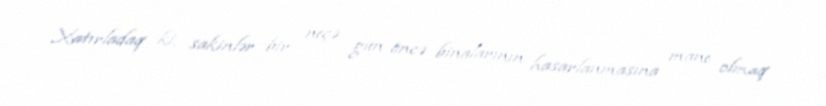
Xatırladaq ki, sakinlər bir neçə gün öncə binalarının hasarlanmasına mane olmaq